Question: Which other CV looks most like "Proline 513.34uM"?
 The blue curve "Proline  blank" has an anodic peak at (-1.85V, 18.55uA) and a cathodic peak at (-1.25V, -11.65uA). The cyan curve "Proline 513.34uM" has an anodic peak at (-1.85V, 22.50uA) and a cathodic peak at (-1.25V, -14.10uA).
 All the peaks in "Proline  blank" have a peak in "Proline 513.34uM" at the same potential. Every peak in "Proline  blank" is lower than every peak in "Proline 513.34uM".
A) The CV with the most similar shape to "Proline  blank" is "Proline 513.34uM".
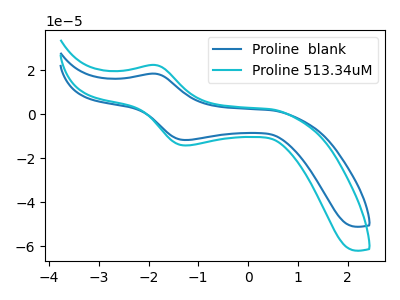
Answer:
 <answer>A) The CV with the most similar shape to "Proline  blank" is "Proline 513.34uM".</answer>
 <eval>A</eval>